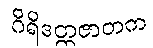
ဂိရိဒတ္တဇာတက